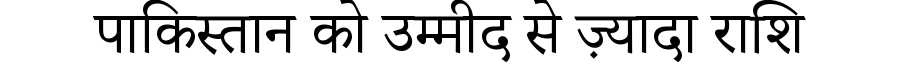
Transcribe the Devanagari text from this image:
पाकिस्तान को उम्मीद से ज़्यादा राशि